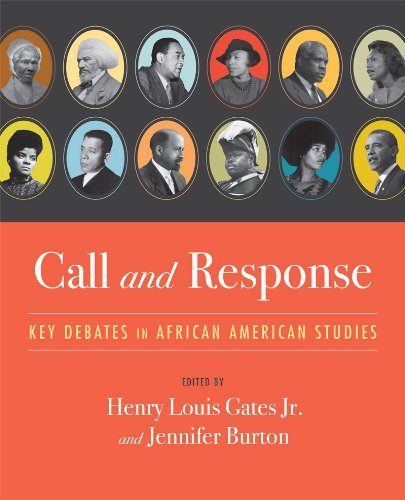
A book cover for Call and Response: Key Debates in African American Studies; Henry Louis Gates Jr.; Law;